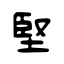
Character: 堅